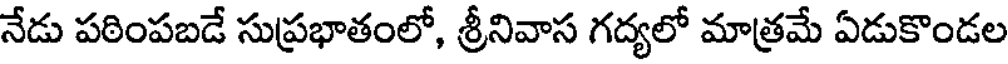
నేడు పఠింపబడే సుప్రభాతంలో, శ్రీనివాస గద్యలో మాత్రమే ఏడుకొండల